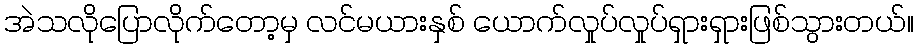
အဲသလိုပြောလိုက်တော့မှ လင်မယားနှစ် ယောက်လှုပ်လှုပ်ရှားရှားဖြစ်သွားတယ်။